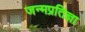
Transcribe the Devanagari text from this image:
जन्मप्रतिज्ञा